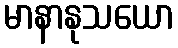
မာနာနုသယော